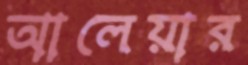
আলেয়ার